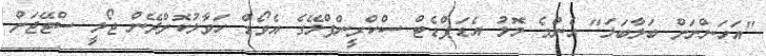
"އަހަންނަށް ބަލާބަލަ" އެންމެ މޮޅު އެޑަޕްޑެޓް ސްކްރީންޕްލޭގެ އެވޯޑް ހަވާލުކޮށްދޭން ޖޯލީ ސްޓޭޖަށް